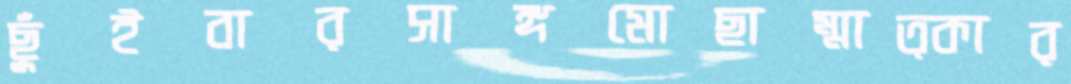
ছুঁইবারসাঙ্গমোছাম্মাত্কার